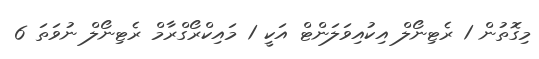
މިގޮތުން 1 ރެޓިނޯލް އިކުއިވަލަންޓް އަކީ 1 މައިކްރޯގްރާމް ރެޓިނޯލް ނުވަތަ 6